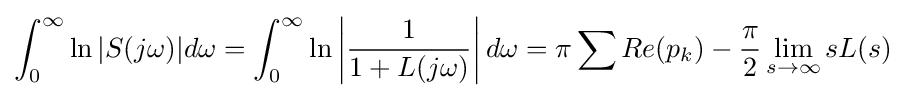
\int _{0}^{\infty }\ln |S(j\omega )|d\omega =\int _{0}^{\infty }\ln \left|{\frac {1}{1+L(j\omega )}}\right|d\omega =\pi \sum Re(p_{k})-{\frac {\pi }{2}}\lim _{s\rightarrow \infty }sL(s)